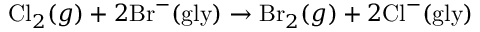
\mathrm { C l } _ { 2 } ( g ) + 2 \mathrm { B r } ^ { - } ( \mathrm { g l y } ) \rightarrow \mathrm { B r } _ { 2 } ( g ) + 2 \mathrm { C l } ^ { - } ( \mathrm { g l y } )